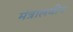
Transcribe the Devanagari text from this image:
मंत्रालयीन